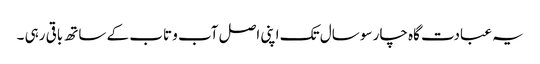
یہ عبادت گاہ چار سو سال تک اپنی اصل آب و تاب کے ساتھ باقی رہی ۔